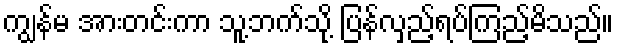
ကျွန်မ အားတင်းကာ သူ့ဘက်သို့ ပြန်လှည့်ရပ်ကြည့်မိသည်။